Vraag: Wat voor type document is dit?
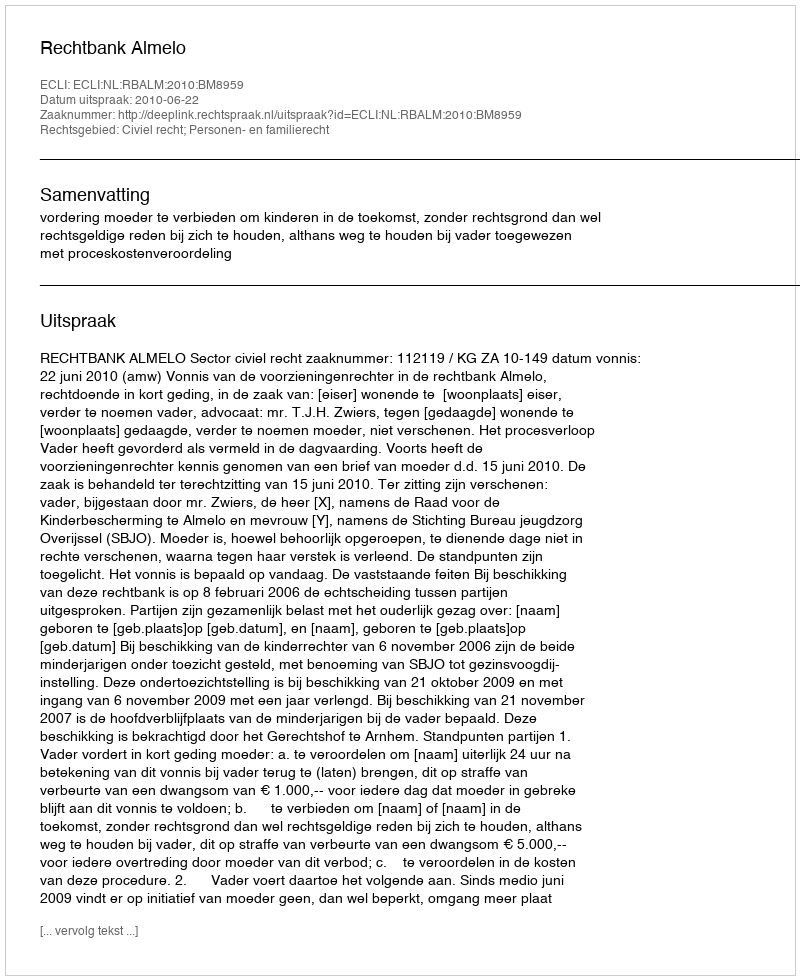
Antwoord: Uitspraak